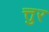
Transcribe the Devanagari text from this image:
त्तुर